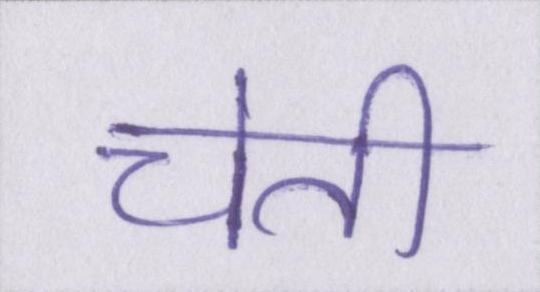
चेती